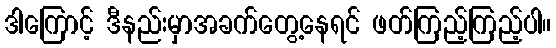
ဒါကြောင့် ဒီနည်းမှာအခက်တွေ့နေရင် ဖတ်ကြည့်ကြည့်ပါ။